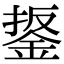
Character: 鋬